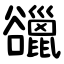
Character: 䜲